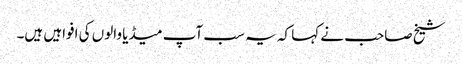
شیخ صاحب نے کہا کہ یہ سب آپ میڈیا والوں کی افواہیں ہیں۔